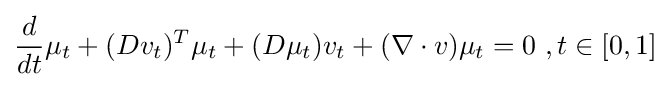
{\frac {d}{dt}}\mu _{t}+(Dv_{t})^{T}\mu _{t}+(D\mu _{t})v_{t}+(\nabla \cdot v)\mu _{t}=0\ ,t\in [0,1]